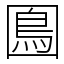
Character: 𡈙